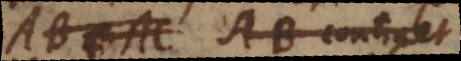
AB esse AB continet